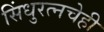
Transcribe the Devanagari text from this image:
सिंधुरत्नचेही